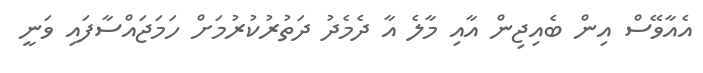
އެއާވޭސް އިން ބެއިޖިން އާއި މާލެ އާ ދެމެދު ދަތުރުކުރުމަށް ހަމަޖައްސާފައި ވަނީ